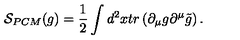
{ \cal S } _ { P C M } ( g ) = { \frac { 1 } { 2 } } \int d ^ { 2 } x t r \left( \partial _ { \mu } g \partial ^ { \mu } \tilde { g } \right) .